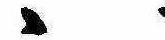
ゝ